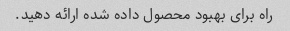
راه برای بهبود محصول داده شده ارائه دهید.